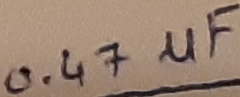
Text: 0.47µF